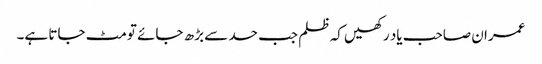
عمران صاحب یاد رکھیں کہ ظلم جب حد سے بڑھ جائے تو مٹ جاتا ہے۔